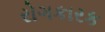
રોગકારક